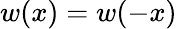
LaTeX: w(x)=w(-x)